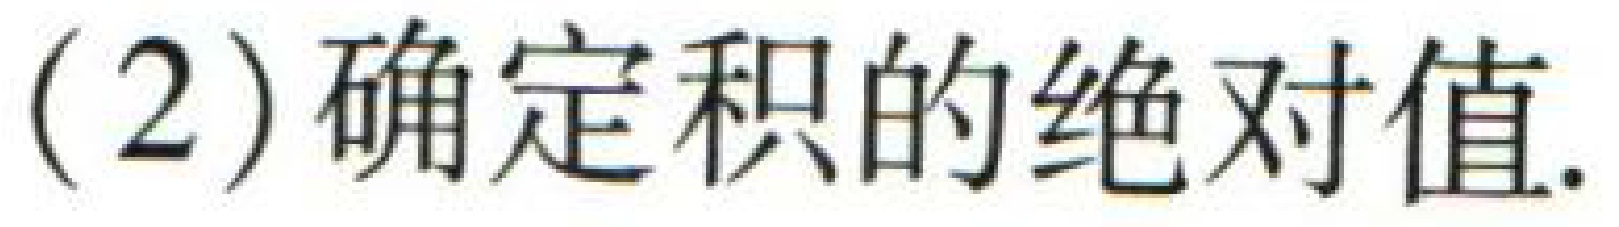
(2)确定积的绝对值.